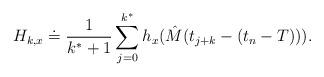
LaTeX: \begin{align*}H_{k,x} \doteq \frac{1}{k^*+1} \sum_{j=0}^{k^*} h_x(\hat M(t_{j+k} - (t_n-T))).\end{align*}